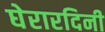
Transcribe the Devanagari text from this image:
घेरारदिनी